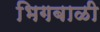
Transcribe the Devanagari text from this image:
भिगबाळी